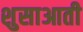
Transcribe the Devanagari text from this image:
शुसाआती